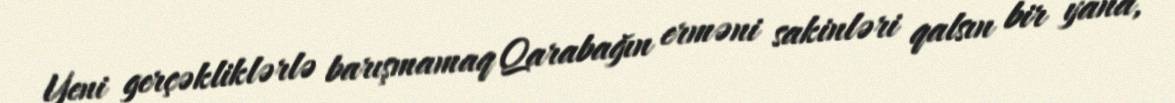
Yeni gerçəkliklərlə barışmamaq Qarabağın erməni sakinləri qalsın bir yana,